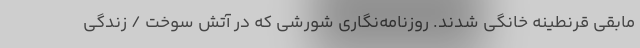
مابقی قرنطینه خانگی شدند. روزنامه‌نگاری شورشی که در آتش سوخت / زندگی